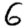
Digit: 6